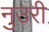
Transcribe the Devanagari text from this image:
नुउरी